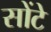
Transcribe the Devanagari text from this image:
सोंटे